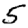
Digit: 5